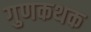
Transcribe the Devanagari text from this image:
गुणकथक